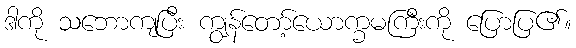
ဒါကို သဘောကျပြီး ကျွန်တော့်ယောက္ခမကြီးကို ပြောပြ၏။